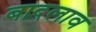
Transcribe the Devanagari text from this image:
बादलाव